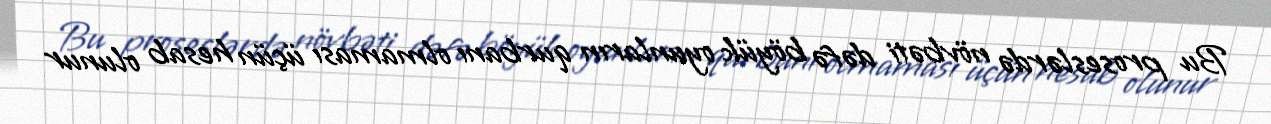
Bu proseslərdə növbəti dəfə böyük oyunların qurbanı olmaması üçün hesab olunur